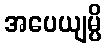
အပေယျမ္ပိ